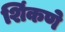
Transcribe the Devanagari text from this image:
शिंकणे